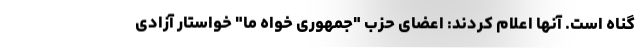
گناه است. آنها اعلام کردند: اعضای حزب "جمهوری خواه ما" خواستار آزادی